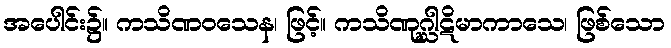
အပေါင်း၌။ ကသိဏဝသေန၊ ဖြင့်။ ကသိဏုဂ္ဃါဋိမာကာသေ၊ ဖြစ်သော